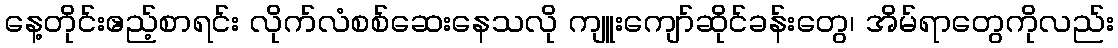
နေ့တိုင်းဧည့်စာရင်း လိုက်လံစစ်ဆေးနေသလို ကျူးကျော်ဆိုင်ခန်းတွေ၊ အိမ်ရာတွေကိုလည်း